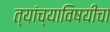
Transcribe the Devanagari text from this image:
त्यांच्याविषयीचा